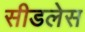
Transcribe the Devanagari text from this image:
सीडलेस